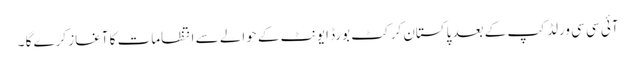
آئی سی سی ورلڈ کپ کے بعد پاکستان کرکٹ بورڈ ایونٹ کے حوالے سے انتظامات کا آغاز کرے گا ۔